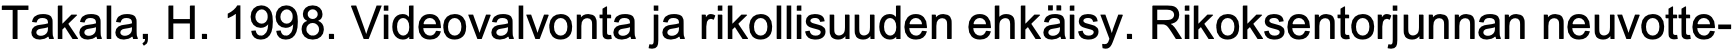
Takala, H. 1998. Videovalvonta ja rikollisuuden ehkäisy. Rikoksentorjunnan neuvotte-